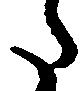
た